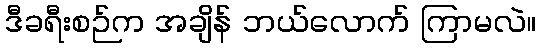
ဒီခရီးစဉ်က အချိန် ဘယ်လောက် ကြာမလဲ။